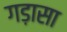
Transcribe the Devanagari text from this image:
गड़ासा